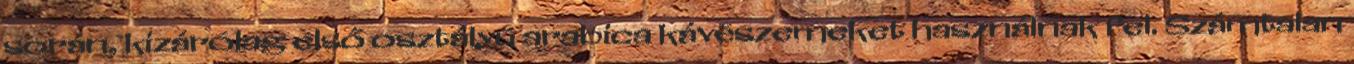
során, kizárólag első osztályú arabica kávészemeket használnak fel. Számtalan